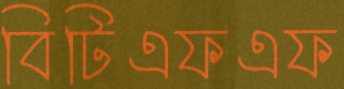
বিটিএফএফ